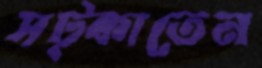
সট্‌কাতেন